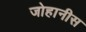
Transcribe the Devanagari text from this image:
जोहानीस